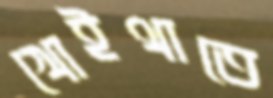
খোইথাতে